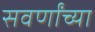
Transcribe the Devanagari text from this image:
सवर्णांच्या